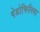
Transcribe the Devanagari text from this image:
पेडोफिलिया